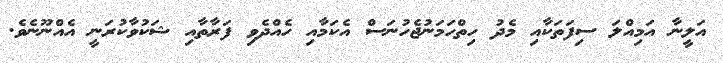
އަލީނާ އަމިއްލަ ސިފަތަކާއި މެދު ހިތްހަމަނުޖެހުނަސް އެކަމާއި ހެއްދެވި ފަރާތާއި ޝަކުވާކުރަނީ އެއްނޫނެވެ.